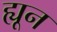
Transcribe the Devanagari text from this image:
ह्यून